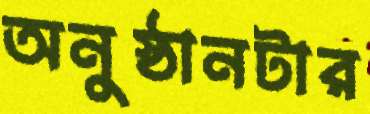
অনুষ্ঠানটার